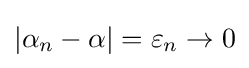
|\alpha _{n}-\alpha |=\varepsilon _{n}\to 0